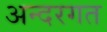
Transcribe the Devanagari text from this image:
अन्दरगत